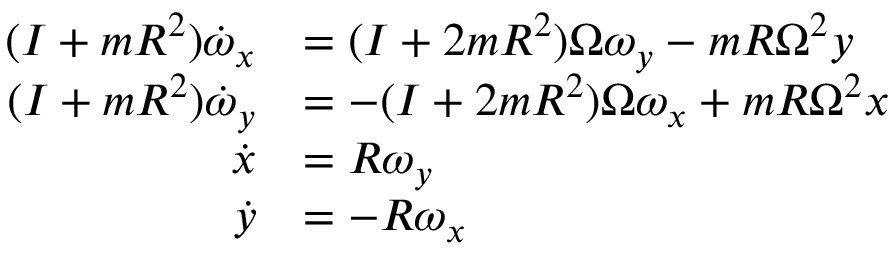
\begin{array} { r l } { ( I + m R ^ { 2 } ) \dot { \omega } _ { x } } & { = ( I + 2 m R ^ { 2 } ) \Omega \omega _ { y } - m R \Omega ^ { 2 } y } \\ { ( I + m R ^ { 2 } ) \dot { \omega } _ { y } } & { = - ( I + 2 m R ^ { 2 } ) \Omega \omega _ { x } + m R \Omega ^ { 2 } x } \\ { \dot { x } } & { = R \omega _ { y } } \\ { \dot { y } } & { = - R \omega _ { x } } \end{array}